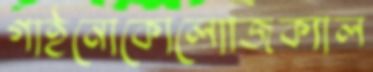
গাইনোকোলোজিক্যাল